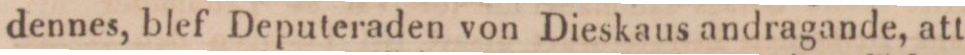
dennes, blef Deputeraden von Dieskaus andragande, att